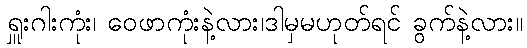
ရှူးဂါးကုံး၊ ဝေဖာကုံးနဲ့လား၊ဒါမှမဟုတ်ရင် ခွက်နဲ့လား။